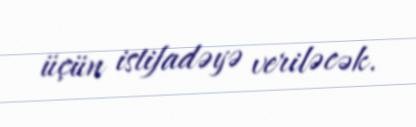
üçün istifadəyə veriləcək.